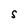
Character: S